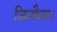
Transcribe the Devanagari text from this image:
जिन्गैल्स।